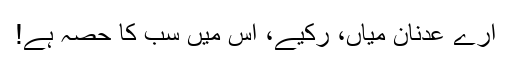
ارے عدنان میاں، رکیے، اس میں سب کا حصہ ہے!